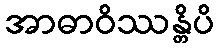
အာဓာဝိဿန္တိပိ